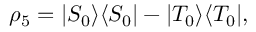
\begin{array} { r } { \rho _ { 5 } = \vert { S _ { 0 } } \rangle \langle { S _ { 0 } } \vert - \vert { T _ { 0 } } \rangle \langle { T _ { 0 } } \vert , } \end{array}